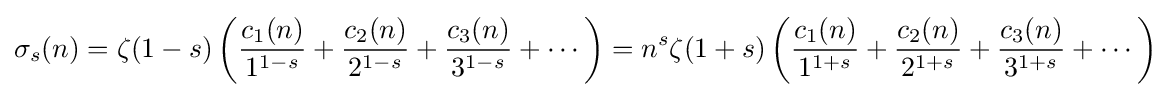
\sigma _{s}(n)=\zeta (1-s)\left({\frac {c_{1}(n)}{1^{1-s}}}+{\frac {c_{2}(n)}{2^{1-s}}}+{\frac {c_{3}(n)}{3^{1-s}}}+\cdots \right)=n^{s}\zeta (1+s)\left({\frac {c_{1}(n)}{1^{1+s}}}+{\frac {c_{2}(n)}{2^{1+s}}}+{\frac {c_{3}(n)}{3^{1+s}}}+\cdots \right)